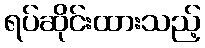
ရပ်ဆိုင်းထားသည့်